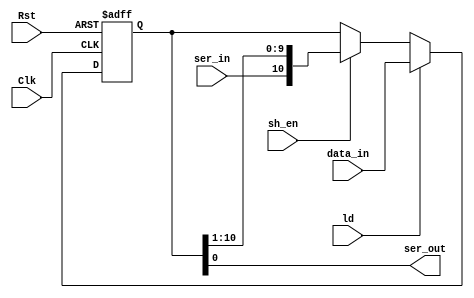
`timescale 1ns / 1ps
/*********************************************************************************
====================================================================================
====================================================================================
* A Parallel IN Serial OUT shift register used to transmit an 11bit data bus from 
* from the system. Active on every rising edge of the Clk or falling edge of a 
* Rst bit, data is cleared on an active low reset. Loads new data on a ld assertion
* and on a shift enable signal, data is shifted to the right as the serial in signal 
* is shifted into the MSB. 
*
**********************************************************************************/
module Shiftreg_PISO(Clk, Rst, ld, sh_en, data_in, ser_in, ser_out );
     input Clk, Rst; 
     input ld, sh_en, ser_in; 
     input [10:0] data_in ; 
     output ser_out; 
     
     reg [10:0] transmit_data;
     
/*************Continous assignment******************/
     assign ser_out = transmit_data[0]; 
     
/*************Sequential block******************/     
     always @(posedge Clk, negedge Rst)
          if(!Rst)  transmit_data <= 10'b0;   else
          if(ld)    transmit_data <= data_in; else 
          if(sh_en) transmit_data <= { ser_in, transmit_data[10:1] } ; 
     
endmodule